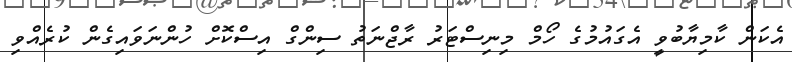
އެކަން ކާމިޔާބުވީ އެގައުމުގެ ހޯމް މިނިސްޓަރު ރާޖްނަތު ސިންގް އިސްކޮށް ހުންނަވައިގެން ކުރެއްވި